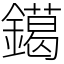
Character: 𨭛